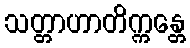
သတ္တာဟာတိက္ကန္တေ